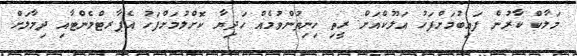
މަލާކް ކާރުން ފައިބުމަށްފަހު އަލޫކްއަށް ރީތި ހިނިތުންވުމެއް ހަދިޔާ ކޮށްލުމަށްފަހު އެޕާރޓްމެންޓާއި ދިމާލަށް